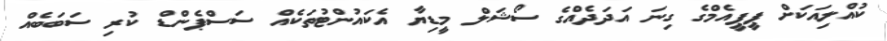
ކުއްލިއަކަށް ޕީޕީއެމްގެ ގިނަ އަދަދެއްގެ ސޯޝަލް މީޑިޔާ އެކައުންޓުތަކެއް ސަސްޕެންޑް ކުރި ސަބަބެއް